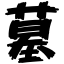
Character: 墓